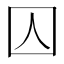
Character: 囚